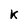
Character: k